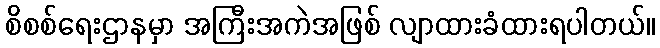
စိစစ်ရေးဌာနမှာ အကြီးအကဲအဖြစ် လျာထားခံထားရပါတယ်။